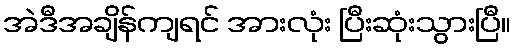
အဲဒီအချိန်ကျရင် အားလုံး ပြီးဆုံးသွားပြီ။